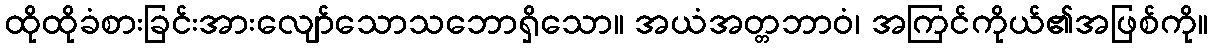
ထိုထိုခံစားခြင်းအားလျော်သောသဘောရှိသော။ အယံအတ္တဘာဝံ၊ အကြင်ကိုယ်၏အဖြစ်ကို။